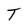
Character: T